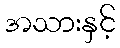
အသားနှင့်